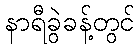
နာရီခွဲခန့်တွင်